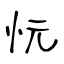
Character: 忨